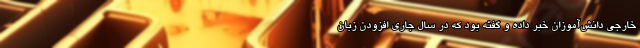
خارجی دانش‌آموزان خبر داده و گفته بود که در سال ‌جاری افزودن زبان